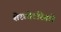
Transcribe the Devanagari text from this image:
शेरलोटस्विले